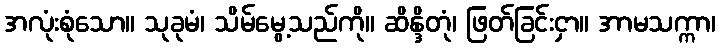
အလုံးစုံသော။ သုခုမံ၊ သိမ်မွေ့သည်ကို။ ဆိန္ဒိတုံ၊ ဖြတ်ခြင်းငှာ။ အာမသက္ကာ၊